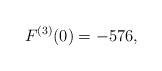
\begin{align*}F^{(3)}(0)=-576,\ \end{align*}